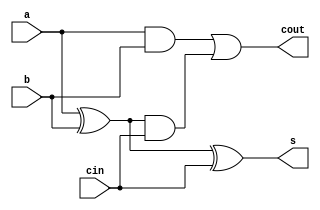
//design.sv file

module full_adder( a,b,cin,s,cout);
  input a,b,cin;
  output s,cout;
  assign s = a^b^cin;
  assign cout = a&b|(a^b)&cin;
endmodule

//testbench.sv file
module test_bench;
  reg a,b,cin;
  wire s,cout;
  full_adder uut(.a(a) , .b(b) , .cin(cin) , .s(s) ,.cout(cout));
  initial
    begin
      $dumpfile("test.vcd");
      $dumpvars();
    end
  
    
  initial
    begin
      $monitor($time,"a=%b , b=%b , cin=%b , s = %b , cout = %b",a,b,cin,s,cout);
      #0 a=0;b=0;cin=0;
      #10 a=0;b=0;cin=0;
      #20 a=1 ; b=1; cin = 0;
      #30 a=0; b=0; cin =1;
      #40 a=0 ;b =1;cin=1;
      
      #100 $finish;
    end
endmodule